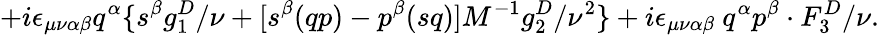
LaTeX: {+i{\epsilon}_{\mu\nu\alpha\beta}q^{\alpha}\{ s^{\beta}g_{1}^{D}/\nu+[s^{\beta}(qp)-p^{\beta}(sq)]M^{-1}g_{2}^{D}/{\nu}^{2}\} +i{\epsilon}_{\mu\nu\alpha\beta}\ q^{\alpha}p^{\beta}\cdot F_{3}^{D}/\nu.}